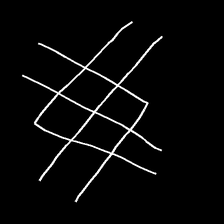
Glyph: crystal